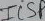
Text: ICSP